画像に写った文字を読んでください
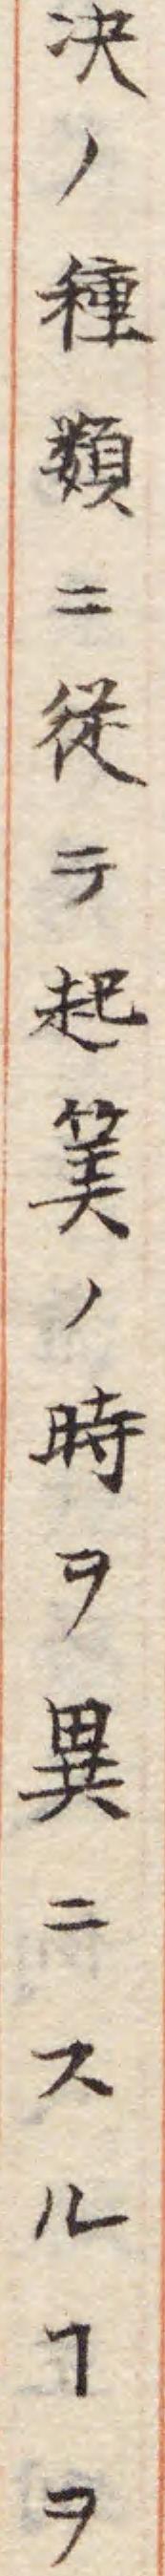
「决ノ種𩔗ニ従テ起𥮅ノ時ヲ異ニスルヿヲ」と書いてあります